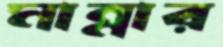
মান্নার